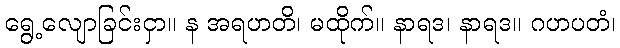
ရွေ့လျောခြင်းငှာ။ န အရဟတိ၊ မထိုက်။ နာရဒ၊ နာရဒ။ ဂဟပတံ၊